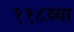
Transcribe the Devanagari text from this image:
११८व्या